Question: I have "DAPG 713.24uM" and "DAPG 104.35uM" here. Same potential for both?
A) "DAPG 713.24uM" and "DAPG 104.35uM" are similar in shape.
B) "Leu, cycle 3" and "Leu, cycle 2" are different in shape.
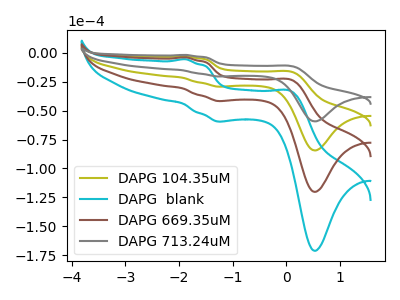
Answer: <think>The olive curve "DAPG 104.35uM" has anodic peaks at (-1.90V, -2.80uA) (0.10V, -16.65uA) and cathodic peaks at (-1.20V, -29.35uA) (0.55V, -84.45uA). The cyan curve "DAPG  blank" has anodic peaks at (-1.90V, -8.40uA) (0.10V, -49.90uA) and cathodic peaks at (-1.20V, -88.10uA) (0.55V, -253.30uA). The brown curve "DAPG 669.35uM" has anodic peaks at (-1.90V, -5.60uA) (0.10V, -33.25uA) and cathodic peaks at (-1.20V, -58.70uA) (0.55V, -168.85uA). The gray curve "DAPG 713.24uM" has anodic peaks at (-1.90V, -1.95uA) (0.10V, -11.70uA) and cathodic peaks at (-1.20V, -20.65uA) (0.55V, -59.35uA).
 All the peaks in "DAPG 713.24uM" have a peak in "DAPG 104.35uM" at the same potential.</think>
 <answer>A) "DAPG 713.24uM" and "DAPG 104.35uM" are similar in shape.</answer>
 <eval>A</eval>